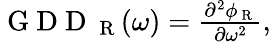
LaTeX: \begin{array}{r}{\mathrm{~G~D~D~}_{\mathrm{~R~}}(\omega)=\frac{\partial^{2}\phi_{\mathrm{~R~}}}{\partial\omega^{2}},}\end{array}